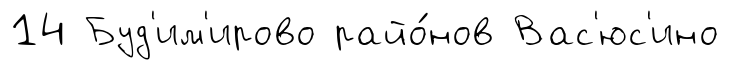
14 Буд'им'ирово райо́нов Вас'юс'ино